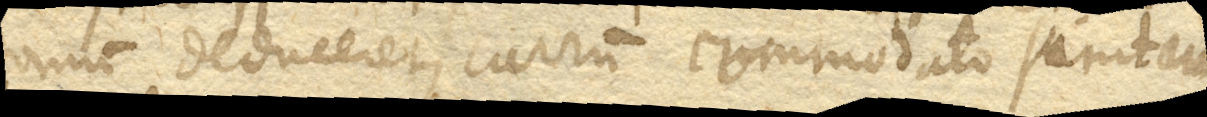
domum deduceret, currum commodato sumtum